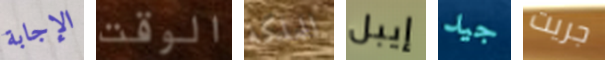
الإجابة الوقت للملكة إيبل جيد جريت